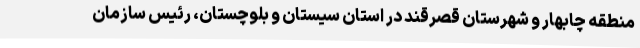
منطقه چابهار و شهرستان قصرقند در استان سیستان و بلوچستان، رئیس سازمان